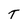
Character: T